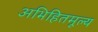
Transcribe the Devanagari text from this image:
अभिहितमूल्य